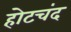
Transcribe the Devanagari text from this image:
होटचंद